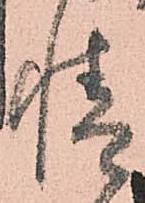
情